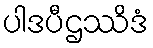
ပါဒပီဌဿိဒံ